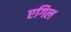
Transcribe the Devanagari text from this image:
एगिल